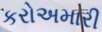
કરોઅમારી